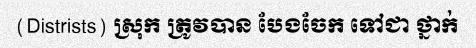
(Distrists) ស្រុក ត្រូវបាន បែងចែក ទៅជា ថ្នាក់